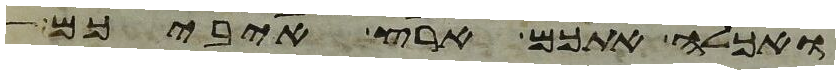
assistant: ואכלה אתכם ארץ איביכם